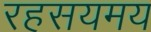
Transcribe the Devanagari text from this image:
रहसयमय